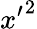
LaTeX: {x^{\prime}}^{2}